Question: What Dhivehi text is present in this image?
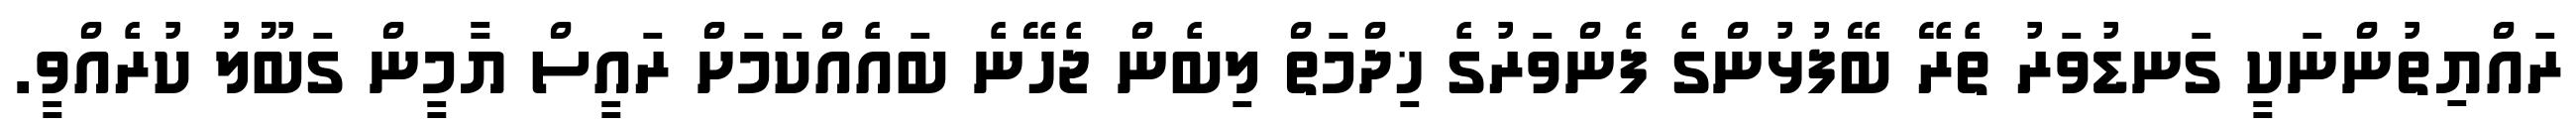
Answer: ރައްޔިތުންނަކީ ގަނޑުވަރު ތެރޭ ބޭފުޅުންގެ ފެންވަރުގެ ޚިދްމަތް ލިބެން ޖެހޭނެ ބައެއްކަމަށް ރައީސް ޔާމީން ގަބޫލު ކުރެއްވީ.